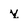
Character: y